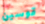
قوسين